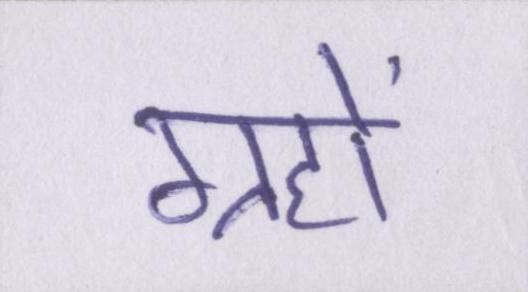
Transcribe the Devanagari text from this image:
ग्रहों